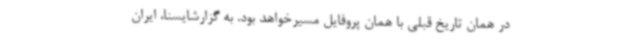
در همان تاریخ قبلی با همان پروفایل مسیرخواهد بود. به گزارشایسنا، ایران